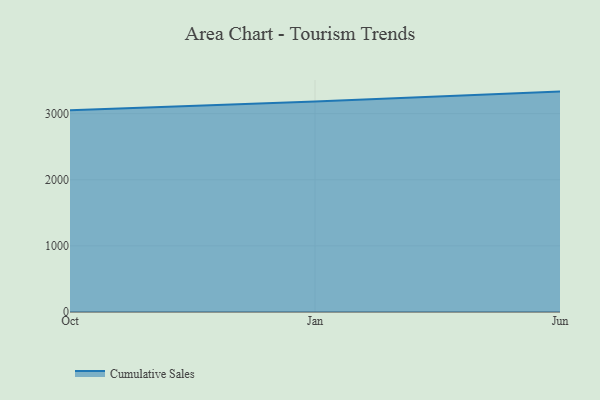
{"axis": {"x": "Month", "y": "Page Views"}, "legend": ["Cumulative Sales"], "data": [{"x": "Oct", "y": 3049.2, "type": "Cumulative Sales"}, {"x": "Jan", "y": 3182.6, "type": "Cumulative Sales"}, {"x": "Jun", "y": 3333.0, "type": "Cumulative Sales"}]}